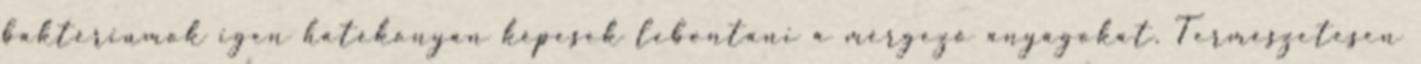
baktériumok igen hatékonyan képesek lebontani a mérgező anyagokat. Természetesen